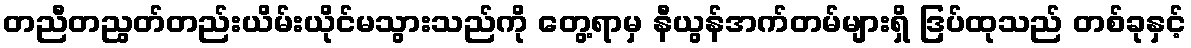
တညီတညွတ်တည်းယိမ်းယိုင်မသွားသည်ကို တွေ့ရာမှ နီယွန်အက်တမ်များရှိ ဒြပ်ထုသည် တစ်ခုနှင့်